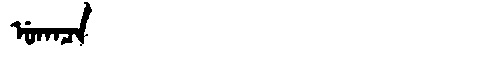
Manchu: ᡠᡴᠠᠴᠠ
Romanization: UKACA